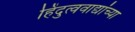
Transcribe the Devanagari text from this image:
हिंदुत्ववाद्यांच्या